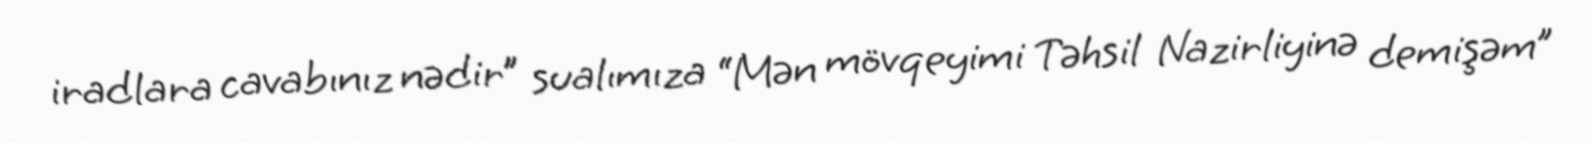
iradlara cavabınız nədir” sualımıza “Mən mövqeyimi Təhsil Nazirliyinə demişəm”